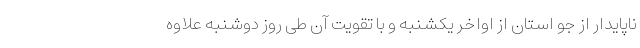
ناپایدار از جو استان از اواخر یکشنبه و با تقویت آن طی روز دوشنبه علاوه